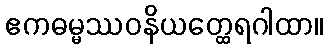
ဧကဓမ္မဿဝနိယတ္ထေရဂါထာ။